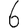
Digit: 6